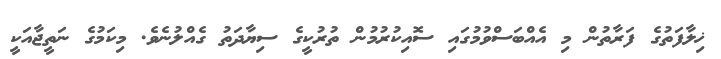
ޚިލާފަތުގެ ފަރާތުން މި އެއްބަސްވުމުގައި ސޮއިކުރުމުން ތުރުކީގެ ސިޔާދަތު ގެއްލުނެވެ. މިކަމުގެ ނަތީޖާއަކީ